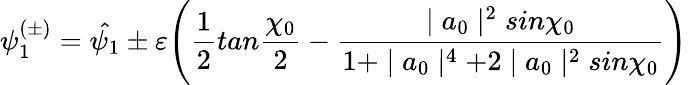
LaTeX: \psi_{1}^{(\pm)}=\hat{\psi_{1}}\pm\varepsilon\Biggl(\frac{1}{2}tan\frac{\chi_{0}}{2}-\frac{\mid a_{0}\mid^{2}sin\chi_{0}}{1+\mid a_{0}\mid^{4}+2\mid a_{0}\mid^{2}sin\chi_{0}}\Biggr)